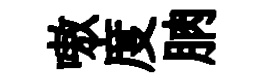
嗷度朒